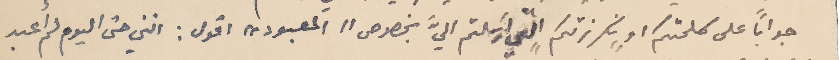
جواباً على كلمتكم او "نكرزتكم" التي ارسَلتم اليَّ بخصوص "المعبود" اقول : انني حتى اليوم لم أَعبد